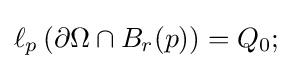
\ell _{p}\left(\partial \Omega \cap B_{r}(p)\right)=Q_{0};